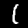
Digit: 1